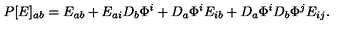
P [ E ] _ { a b } = E _ { a b } + E _ { a i } D _ { b } \Phi ^ { i } + D _ { a } \Phi ^ { i } E _ { i b } + D _ { a } \Phi ^ { i } D _ { b } \Phi ^ { j } E _ { i j } .